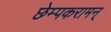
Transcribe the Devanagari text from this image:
छेम्पकरामन्